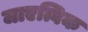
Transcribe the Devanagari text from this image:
जाएत्विक